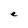
Character: e